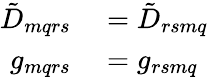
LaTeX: \begin{array}{rl}{\tilde{D}_{mqrs}}&{{}=\tilde{D}_{rsmq}}\\ {g_{mqrs}}&{{}=g_{rsmq}}\end{array}